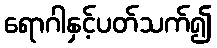
ရောဂါနှင့်ပတ်သက်၍